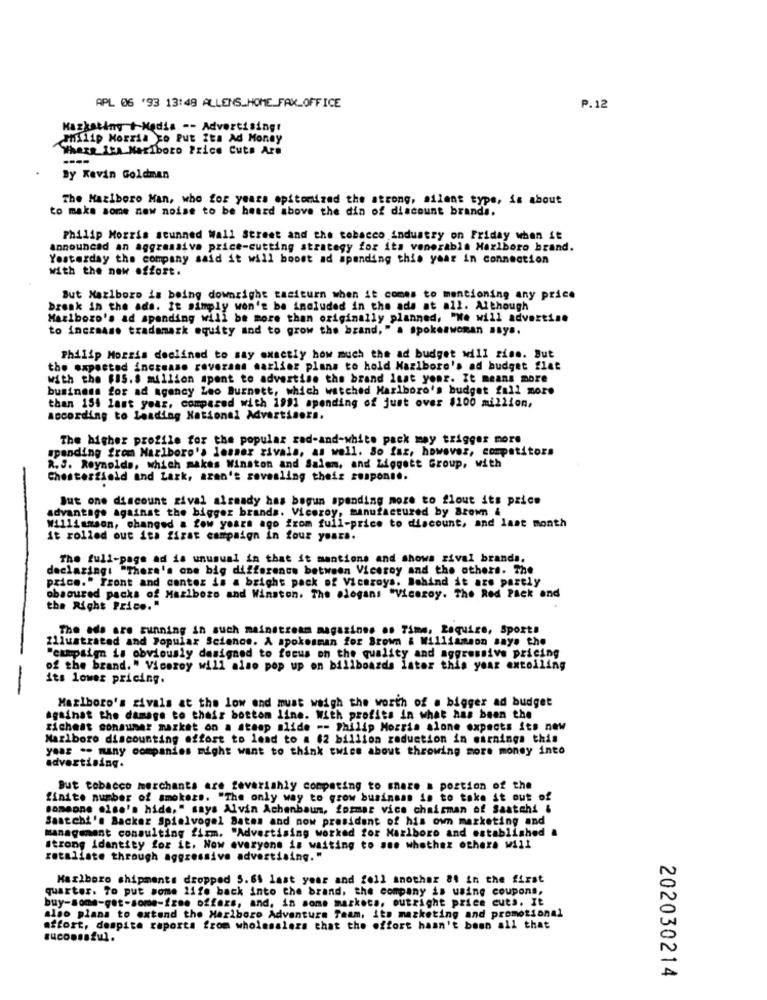
APL 06 '93 13:48 ALLENS_HOME_FAX_OFFICE
P.12
Hazkatiny + Media -- Advertisingt
Philip Morris co Put Its Ad Money
Where Itn Marlboro Price Cuts Are
----
By Kevin Goldman
The Marlboro Man, who for years epitomized the strong, silent type, is about
to make some new noise to be heard above the din of discount brands.
Philip Morris stunned Wall Street and the tobacco industry on Friday when it
Announced an aggressiva price-cutting strategy for its vanerabla Marlboro brand.
Yesterday the company said it will boost ad spending this year in connection
with the new offost.
But Marlboro is being downright tasiturn when it comes to mentioning any price
break in the ads. It simply won't be included in the ads at all. Although
Marlboro's ad spending will be more than originally planned, "We will advertise
to increase trademark equity and to grow the brand, " a spokeswoman asys.
Philip Morris declined to say exactly how much the ad budget will rise. But
the expected increase rovezans mazlier plans to hold Marlboro's ad budget flat
with the $15.8 million spent to advertise the brand Isat your. It means more
business for ad agency Leo Burnett, which watched Marlboro's budget fall more
than 154 last year, compared with 1991 spending of just over $100 million,
according to Leading National Advertisers.
The higher profile for the popular rad-and-white pack may trigger more
spending from Marlboro's lesmer zivala, as well. So far, however, competitors
R. J. Reynolds, which makes Winston and Salem, and Liggett Group, with
Chesterfield and Lark, aren't revealing their response.
But one discount zival already has begun spending moze to flout its price
advantage against the bigger brands. Viceroy, manufactured by Brown &
Williamson, changed a few years ago from full-price to discount, and last month
it rolled out its first campaign in four yours.
The full-page ad is unusual in that it mantions and shows sival brands.
declaring: "There's one big difference between Viceroy and the others. The
price." Front and contez is a bright pack of Viceroys. Behind it azs partly
obscured packs of Marlboro and Winston. The slogans "Viceroy. The Red Pack and
the Right Price."
The ads are running in such mainstream magazines os Time, Require, Sports
Illustrated and Popular Science. A spokesman for Brown & Williamson says the
"campaign is obviously designed to focus on the quality and aggressive pricing
of the brand." Viceroy will also pop up on billboards later this year extoiling
its lower pricing.
Marlboro's rivals at the low end must weigh the worth of a bigger ad budget
againat the damage to their bottom line. With profits in what has been the
richest consumer market on a steep alide -- Philip Morris alone expects its new
Marlboro discounting effort to lend to a $2 billion reduction in earnings this
year .- many companies might want to think twice about throwing more money into
advertising.
But tobacco merchants are feverishly competing to snaze a portion of the
finite number of smokers. "The only way to grow businsan is to take it out of
someone else's hide," says Alvin Achenbaum, formar vice chairman of Saatchi &
Saatchi's Backar Spielvogel Bates and now president of his own marketing and
management consulting firm. "Advertising worked for Marlboro and established &
strong identity for it. Now everyone is waiting to see whathez others will
retaliate through aggressive advertising."
Marlboro shipments dropped 5.61 last year and fell another 81 in the first
quarter. To put some life back into the brand, the company is using coupons,
buy-some-get-some-fzes offers, and, in some markets, outright price cuts. It
also plans to extend the Marlboro Adventure Team, its marketing and promotional
affort, despite raporta from wholesalezs that the effort hasn't been all that
suconsoful.
202030214